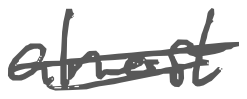
Text: almost
Cross-out: double-line
Writing tool: digital_gray